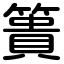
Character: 簣